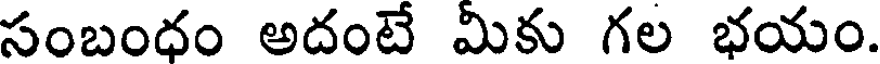
సంబంధం అదంటే మీకు గల భయం.